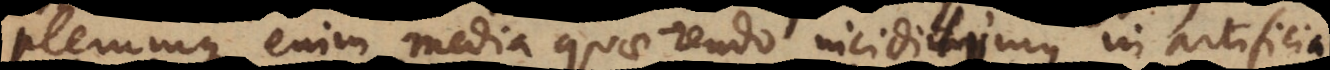
plerumque enim media quaerendo incidimus in artificia